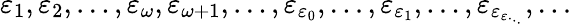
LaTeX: \varepsilon_{1},\varepsilon_{2},\ldots,\varepsilon_{\omega},\varepsilon_{\omega+1},\ldots,\varepsilon_{\varepsilon_{0}},\ldots,\varepsilon_{\varepsilon_{1}},\ldots,\varepsilon_{\varepsilon_{\varepsilon_{\cdot_{\cdot_{\cdot}}}}},\ldots